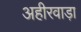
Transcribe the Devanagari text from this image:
अहीरवाड़ा